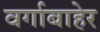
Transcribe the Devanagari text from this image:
वर्गाबाहेर